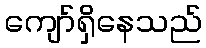
ကျော်ရှိနေသည်